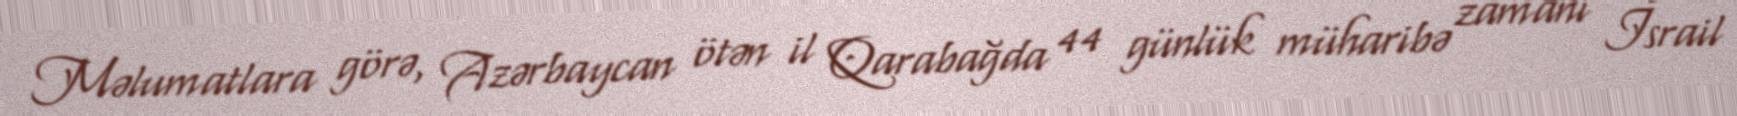
Məlumatlara görə, Azərbaycan ötən il Qarabağda 44 günlük müharibə zamanı İsrail